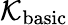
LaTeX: \mathcal{K}_{\mathrm{{basic}}}